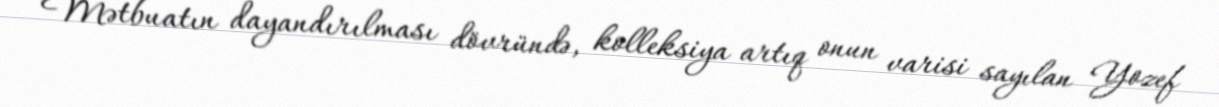
Mətbuatın dayandırılması dövründə, kolleksiya artıq onun varisi sayılan Yozef